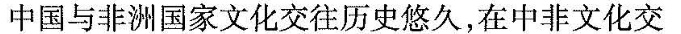
中国与非洲国家文化交往历史悠久，在中非文化交